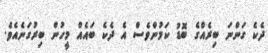
ދެކެ ގަންނަ ބިރެއްގެ ބޮޑު ކަމުންވެސް އެ ދެކެ ބައެއް މީހުން ބިރުގަނެއެވެ.